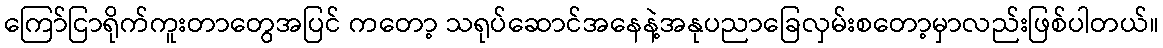
ကြော်ငြာရိုက်ကူးတာတွေအပြင် ကတော့ သရုပ်ဆောင်အနေနဲ့အနုပညာခြေလှမ်းစတော့မှာလည်းဖြစ်ပါတယ်။